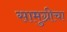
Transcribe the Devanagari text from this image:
सामुग्रीचा